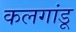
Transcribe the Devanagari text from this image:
कलगांडू